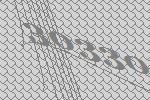
30330